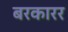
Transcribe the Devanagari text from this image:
बरकारर